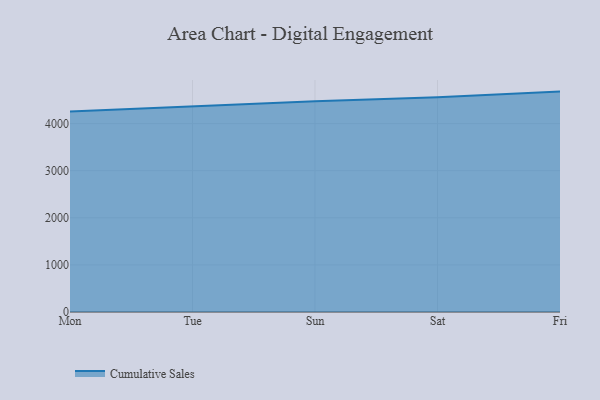
{"axis": {"x": "Day", "y": "Revenue (USD Million)"}, "legend": ["Cumulative Sales"], "data": [{"x": "Mon", "y": 4258.8, "type": "Cumulative Sales"}, {"x": "Tue", "y": 4364.7, "type": "Cumulative Sales"}, {"x": "Sun", "y": 4476.4, "type": "Cumulative Sales"}, {"x": "Sat", "y": 4561.7, "type": "Cumulative Sales"}, {"x": "Fri", "y": 4679.0, "type": "Cumulative Sales"}]}